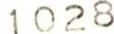
1028